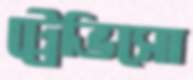
ট্রেভিসো